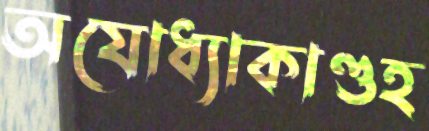
অযোধ্যাকাণ্ডহ